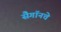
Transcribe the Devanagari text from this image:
सैगॉनचे